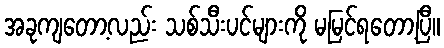
အခုကျတော့လည်း သစ်သီးပင်များကို မမြင်ရတော့ပြီ။